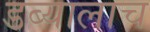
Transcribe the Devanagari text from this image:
डब्यालाच